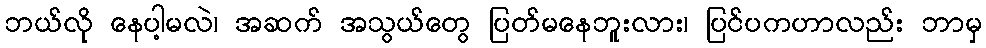
ဘယ်လို နေပါ့မလဲ၊ အဆက် အသွယ်တွေ ပြတ်မနေဘူးလား၊ ပြင်ပကဟာလည်း ဘာမှ